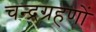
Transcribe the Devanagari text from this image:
चन्द्रग्रहणों